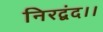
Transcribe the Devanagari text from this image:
निरद्वंद।।